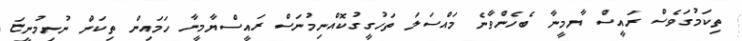
ތިކަމުގަވެސް ރައީސް ޔާމީނާ ބެހެންވާނެ މައްސަލަ ތަހުގީގުކޮއްނިމުނަސް ރައީސްޔާމީނާ ހަމައިން ތިކަން ނުނިމުނީޏަ